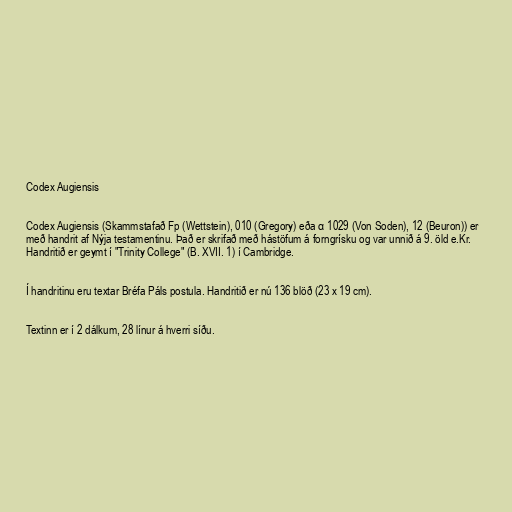
Codex Augiensis

Codex Augiensis (Skammstafað Fp (Wettstein), 010 (Gregory) eða α 1029 (Von Soden), 12 (Beuron)) er
með handrit af Nýja testamentinu. Það er skrifað með hástöfum á forngrísku og var unnið á 9. öld e.Kr.
Handritið er geymt í "Trinity College" (B. XVII. 1) í Cambridge.

Í handritinu eru textar Bréfa Páls postula. Handritið er nú 136 blöð (23 x 19 cm).

Textinn er í 2 dálkum, 28 línur á hverri síðu.